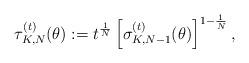
LaTeX: \begin{align*} \tau_{K,N}^{(t)}(\theta):=t^{\frac{1}{N}}\left[\sigma_{K, N-1}^{(t)}(\theta)\right]^{1-\frac{1}{N}},\end{align*}